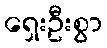
ရှေးဦးစွာ